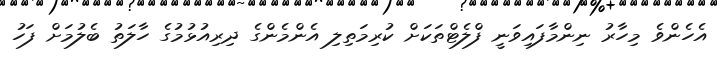
އެހެންވެ މިހާރު ނިންމާފައިވަނީ ފްލެޓްތަކަށް ކުރިމަތިލި އެންމެންގެ ދިރިއުޅުމުގެ ހާލަތު ބެލުމަށް ފަހު